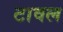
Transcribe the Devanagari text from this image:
टावल